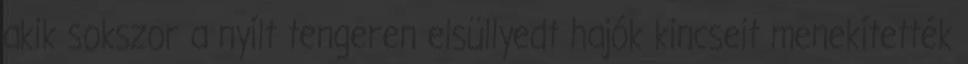
akik sokszor a nyílt tengeren elsüllyedt hajók kincseit menekítették